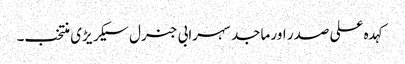
کہد ہ علی صدر اور ماجد سہرابی جنرل سیکر یڑی منتخب۔